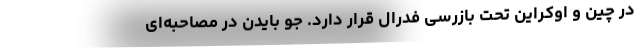
در چین و اوکراین تحت بازرسی فدرال قرار دارد. جو بایدن در مصاحبه‌ای